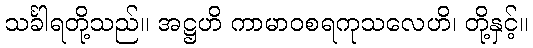
သင်္ခါရတို့သည်။ အဋ္ဌဟိ ကာမာဝစရကုသလေဟိ၊ တို့နှင့်။